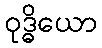
ဝုဒ္ဓိယော